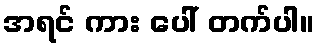
အရင် ကား ပေါ် တက်ပါ။